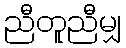
ညီတူညီမျှ